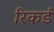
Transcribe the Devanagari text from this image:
रिकर्ड